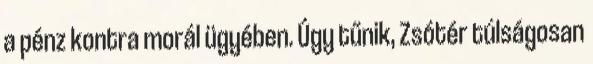
a pénz kontra morál ügyében. Úgy tűnik, Zsótér túlságosan